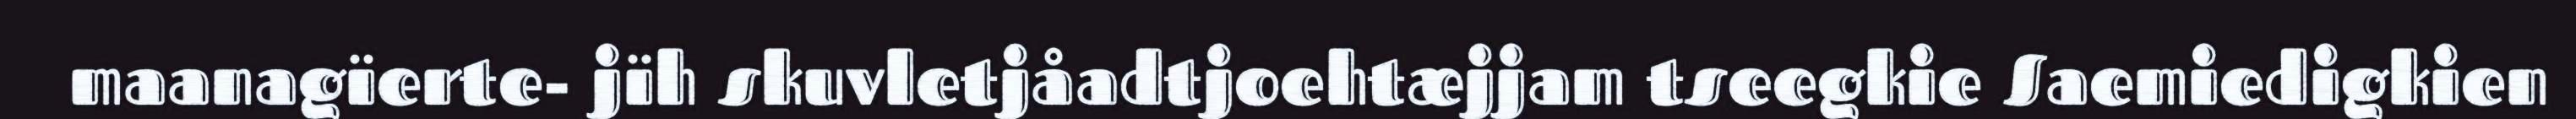
maanagïerte- jïh skuvletjåadtjoehtæjjam tseegkie Saemiedigkien